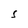
Character: S